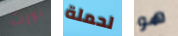
نورث لحملة هو